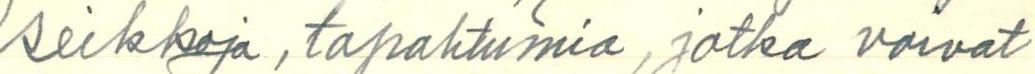
seikkoja, tapahtumia, jotka voivat